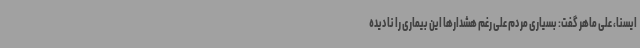
ایسنا، علی ماهر گفت: بسیاری مردم علی رغم هشدارها این بیماری را نادیده